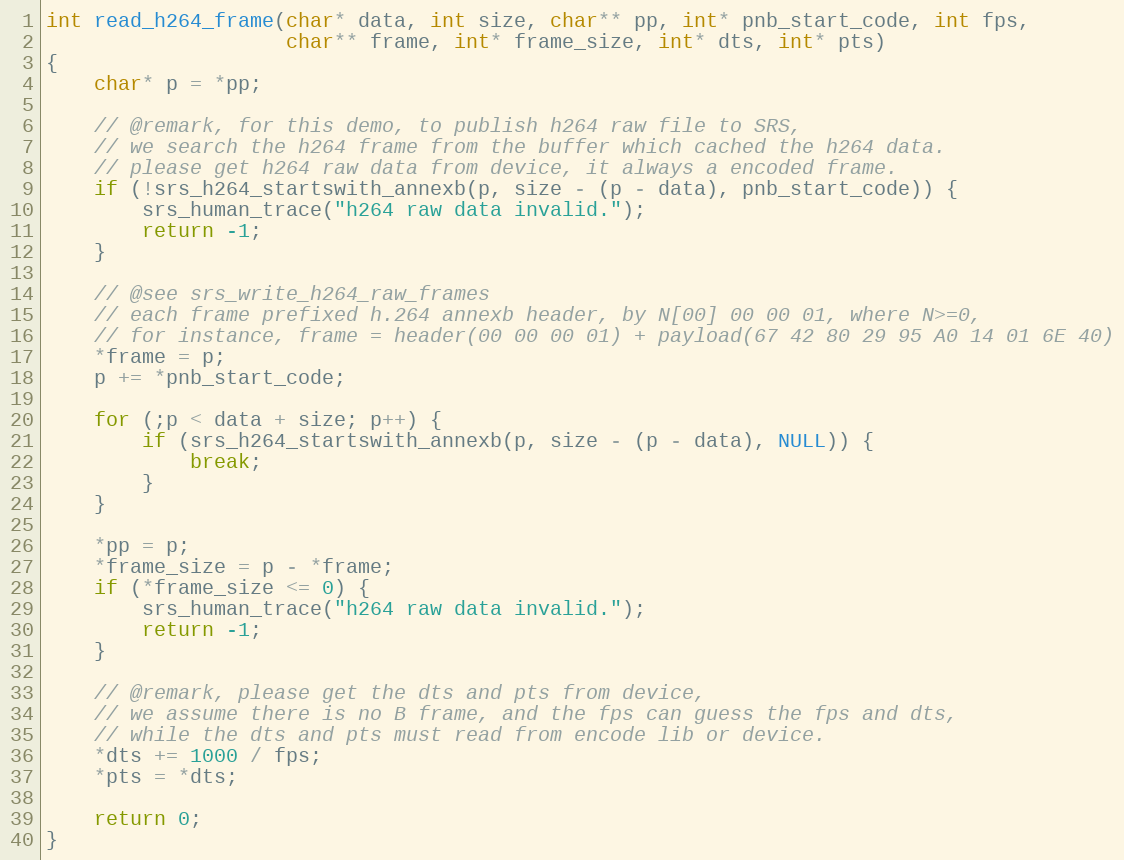
Language: C
int read_h264_frame(char* data, int size, char** pp, int* pnb_start_code, int fps,
                    char** frame, int* frame_size, int* dts, int* pts)
{
    char* p = *pp;

    // @remark, for this demo, to publish h264 raw file to SRS,
    // we search the h264 frame from the buffer which cached the h264 data.
    // please get h264 raw data from device, it always a encoded frame.
    if (!srs_h264_startswith_annexb(p, size - (p - data), pnb_start_code)) {
        srs_human_trace("h264 raw data invalid.");
        return -1;
    }

    // @see srs_write_h264_raw_frames
    // each frame prefixed h.264 annexb header, by N[00] 00 00 01, where N>=0,
    // for instance, frame = header(00 00 00 01) + payload(67 42 80 29 95 A0 14 01 6E 40)
    *frame = p;
    p += *pnb_start_code;

    for (;p < data + size; p++) {
        if (srs_h264_startswith_annexb(p, size - (p - data), NULL)) {
            break;
        }
    }

    *pp = p;
    *frame_size = p - *frame;
    if (*frame_size <= 0) {
        srs_human_trace("h264 raw data invalid.");
        return -1;
    }

    // @remark, please get the dts and pts from device,
    // we assume there is no B frame, and the fps can guess the fps and dts,
    // while the dts and pts must read from encode lib or device.
    *dts += 1000 / fps;
    *pts = *dts;

    return 0;
}